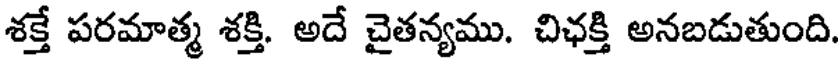
శక్తే పరమాత్మ శక్తి. అదే చైతన్యము. చిఛక్తి అనబడుతుంది.